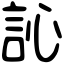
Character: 訫